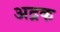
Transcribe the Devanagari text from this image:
अद्रक